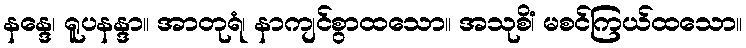
နန္ဒေ၊ ရူပနန္ဒာ။ အာတုရံ၊ နာကျင်စွာထသော။ အသုစိံ၊ မစင်ကြယ်ထသော။